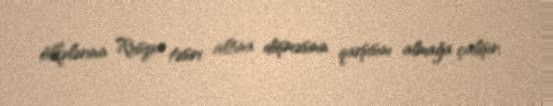
ölkələrinin Rusiya təsiri altına düşməsinin qarşısını almağa çalışır.